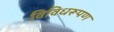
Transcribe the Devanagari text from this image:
विविधरूपण